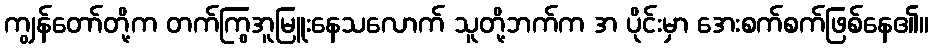
ကျွန်တော်တို့က တက်ကြွအူမြူးနေသလောက် သူတို့ဘက်က အ ပိုင်းမှာ အေးစက်စက်ဖြစ်နေ၏။